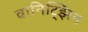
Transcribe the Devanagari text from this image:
वानिट्झिन